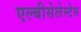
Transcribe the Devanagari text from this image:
एल्बीसेलेस्टेस